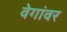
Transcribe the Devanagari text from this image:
वेगांवर